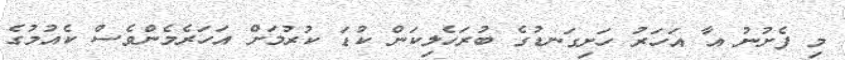
މި ފެށުނު އާ އަހަރު ހަށިގަނޑުގެ ބުރަހެލިކަން ކުޑަ ކުރުމަށް އަހަރެމެންވެސް ކެއުމުގެ